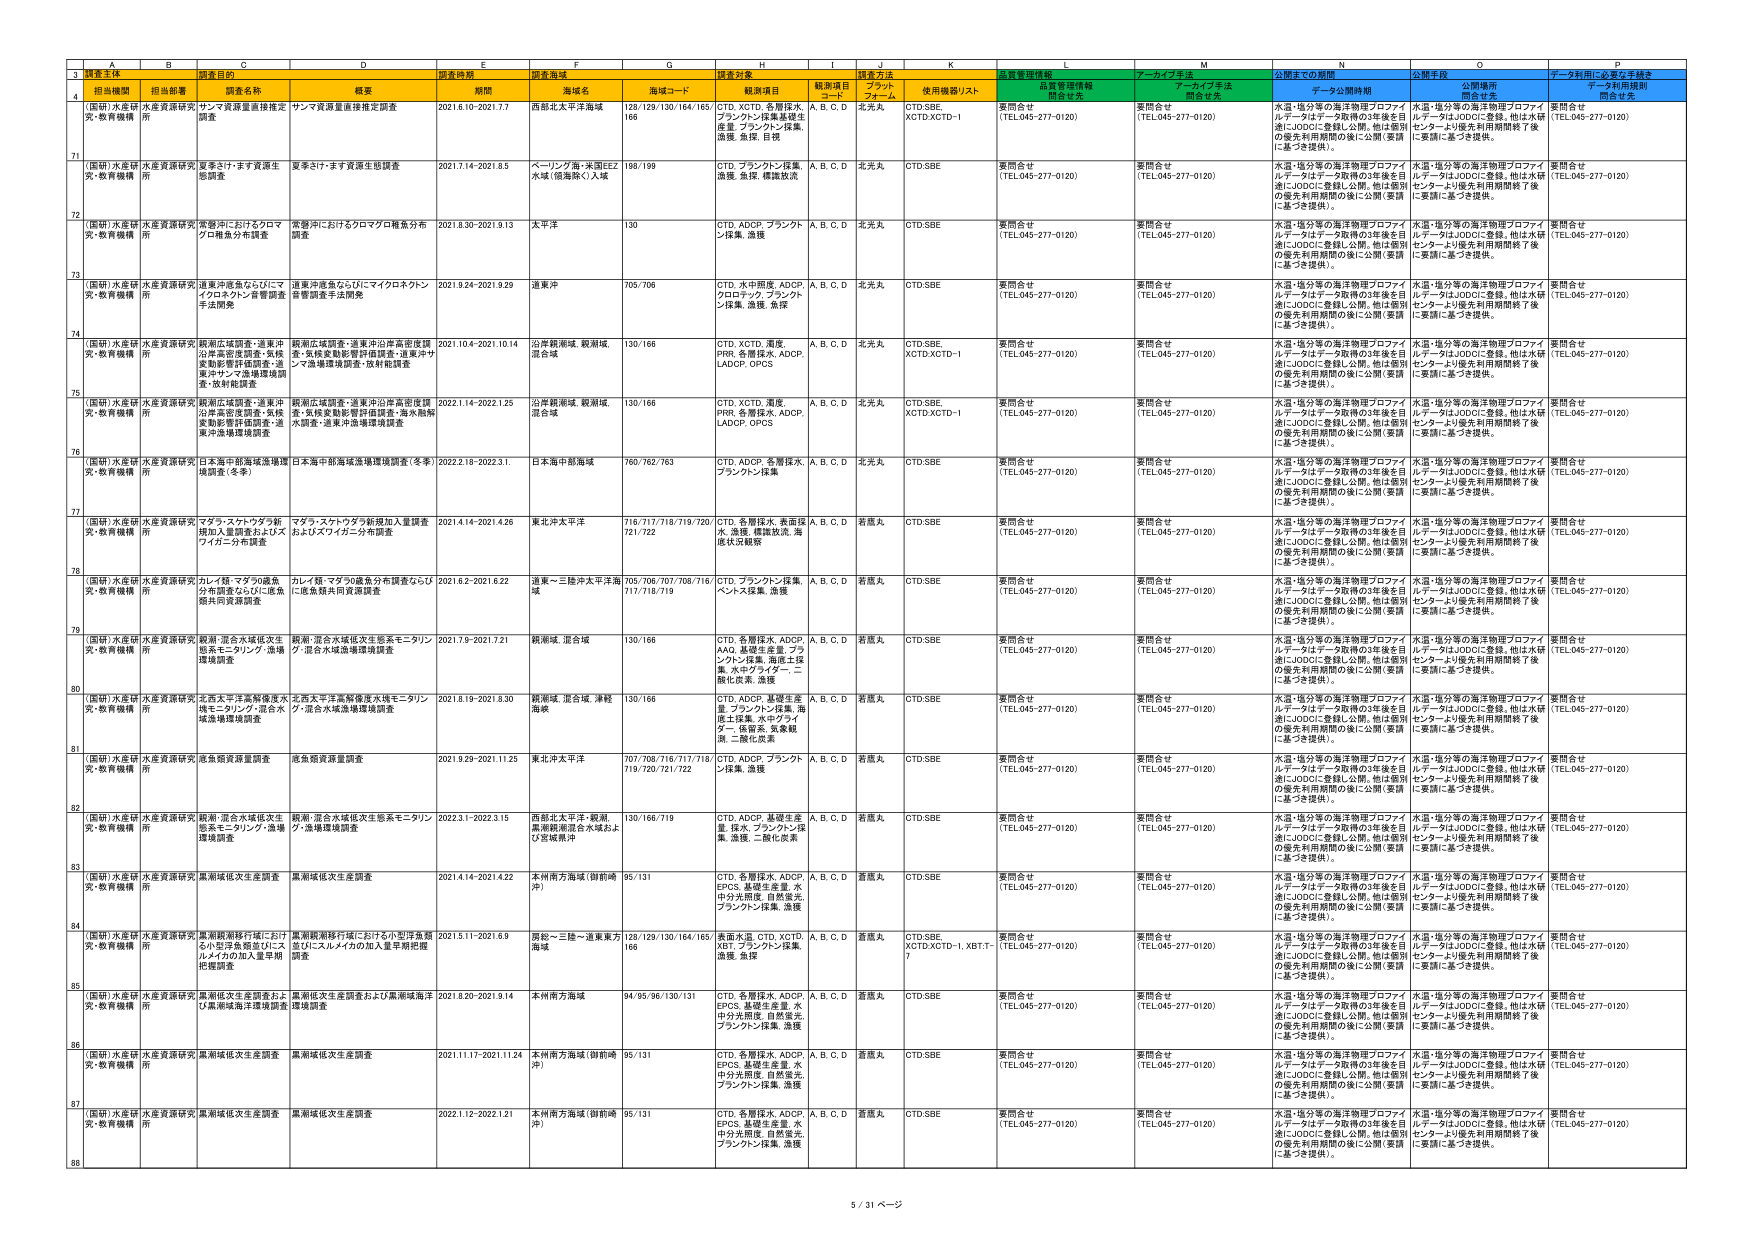
3 調査主体 調査目的 調査時期 調査海域 調査対象 調査方法 質管理情報 アーカイブ手法 公開までの期間 公開手段 データ利用に必要な手続き
4 担当機関 担当部署 調査名称 概要 期間 海域名 海域コード 観測項目 観測項目 コード プラット フォーム 使用機器リスト 品質管理情報 関係者名 アーカイブ手法 関係者名 データ公開時期 公開場所 関係者名 データ利用規則 関係者名
71 （国研）水産研 究・教育機構 水産資源研究 所 サンマ資源量推移推定 調査 サンマ資源量推移推定調査 2021.6.10-2021.7.7 西部北太平洋海域 128/129/130/164/165/ 166 CTD, XCTD, 各層採水, ブランクトン採集,基盤生 物, ブランクトン採集, 漁獲, 魚採, 目視 A, B, C, D 北光丸 CTD,SBE, XCTD,XCTD-1 要問合せ （TEL:045-277-0120） 要問合せ （TEL:045-277-0120） 水温・塩分等の海洋物理プロファイ ルデータはデータ取得の3年後を目 指しJODICに登録し公開。他は個別 の優先利用期間の後に公開（要請 に基づき提供）。 水温・塩分等の海洋物理プロファイ ルデータはJODICに登録。他は水研 センターより優先利用期間終了後 に要請に基づき提供。 要問合せ （TEL:045-277-0120）
72 （国研）水産研 究・教育機構 水産資源研究 所 夏季ミけ・ます資源生 態調査 夏季ミけ・ます資源生態調査 2021.7.14-2021.8.5 ペーリング海・米国EEZ 水域（能海域）入域 198/199 CTD, ブランクトン採集, 漁獲, 魚採, 模擬放流 A, B, C, D 北光丸 CTD,SBE 要問合せ （TEL:045-277-0120） 要問合せ （TEL:045-277-0120） 水温・塩分等の海洋物理プロファイ ルデータはデータ取得の3年後を目 指しJODICに登録し公開。他は個別 の優先利用期間の後に公開（要請 に基づき提供）。 水温・塩分等の海洋物理プロファイ ルデータはJODICに登録。他は水研 センターより優先利用期間終了後 に要請に基づき提供。 要問合せ （TEL:045-277-0120）
73 （国研）水産研 究・教育機構 水産資源研究 所 常磐沖におけるクロマ グロ稚魚分布調査 常磐沖におけるクロマグロ稚魚分布 調査 2021.8.30-2021.9.13 太平洋 130 CTD, ADCP, ブランクト ン採集, 漁獲 A, B, C, D 北光丸 CTD,SBE 要問合せ （TEL:045-277-0120） 要問合せ （TEL:045-277-0120） 水温・塩分等の海洋物理プロファイ ルデータはデータ取得の3年後を目 指しJODICに登録し公開。他は個別 の優先利用期間の後に公開（要請 に基づき提供）。 水温・塩分等の海洋物理プロファイ ルデータはJODICに登録。他は水研 センターより優先利用期間終了後 に要請に基づき提供。 要問合せ （TEL:045-277-0120）
74 （国研）水産研 究・教育機構 水産資源研究 所 道東沖産魚ならびにマ イクロネクトン着習調査 手法開発 道東沖産魚ならびにマイクロネクトン 着習調査手法開発 2021.9.24-2021.9.29 道東沖 705/706 CTD, 水中照度, ADCP, フロロテック, ブランクト ン採集, 漁獲, 魚採 A, B, C, D 北光丸 CTD,SBE 要問合せ （TEL:045-277-0120） 要問合せ （TEL:045-277-0120） 水温・塩分等の海洋物理プロファイ ルデータはデータ取得の3年後を目 指しJODICに登録し公開。他は個別 の優先利用期間の後に公開（要請 に基づき提供）。 水温・塩分等の海洋物理プロファイ ルデータはJODICに登録。他は水研 センターより優先利用期間終了後 に要請に基づき提供。 要問合せ （TEL:045-277-0120）
75 （国研）水産研 究・教育機構 水産資源研究 所 観潮広域調査・道東沖 沿岸高密度調査・気候 変動影響評価調査・道 東沖サケ生殖場環境調 査・放射能調査 観潮広域調査・道東沖沿岸高密度調 査・気候変動影響評価調査・道東沖サ ケ生殖場環境調査・放射能調査 2021.10.4-2021.10.14 沿岸観潮域, 観潮域, 混合域 130/166 CTD, XCTD, 潮度, PRR, 各層採水, ADCP, LADCP, OPCS A, B, C, D 北光丸 CTD,SBE, XCTD,XCTD-1 要問合せ （TEL:045-277-0120） 要問合せ （TEL:045-277-0120） 水温・塩分等の海洋物理プロファイ ルデータはデータ取得の3年後を目 指しJODICに登録し公開。他は個別 の優先利用期間の後に公開（要請 に基づき提供）。 水温・塩分等の海洋物理プロファイ ルデータはJODICに登録。他は水研 センターより優先利用期間終了後 に要請に基づき提供。 要問合せ （TEL:045-277-0120）
76 （国研）水産研 究・教育機構 水産資源研究 所 観潮広域調査・道東沖 沿岸高密度調査・気候 変動影響評価調査・道 東沖漁場環境調査 観潮広域調査・道東沖沿岸高密度調 査・気候変動影響評価調査・海氷航跡 水調査・道東沖漁場環境調査 2022.1.14-2022.1.25 沿岸観潮域, 観潮域, 混合域 130/166 CTD, XCTD, 潮度, PRR, 各層採水, ADCP, LADCP, OPCS A, B, C, D 北光丸 CTD,SBE, XCTD,XCTD-1 要問合せ （TEL:045-277-0120） 要問合せ （TEL:045-277-0120） 水温・塩分等の海洋物理プロファイ ルデータはデータ取得の3年後を目 指しJODICに登録し公開。他は個別 の優先利用期間の後に公開（要請 に基づき提供）。 水温・塩分等の海洋物理プロファイ ルデータはJODICに登録。他は水研 センターより優先利用期間終了後 に要請に基づき提供。 要問合せ （TEL:045-277-0120）
77 （国研）水産研 究・教育機構 水産資源研究 所 日本海中間海域漁場構 築調査（冬季） 日本海中間海域漁場構築調査（冬季） 2022.2.18-2022.3.1 日本海中間海域 760/762/763 CTD, ADCP, 各層採水, ブランクトン採集 A, B, C, D 北光丸 CTD,SBE 要問合せ （TEL:045-277-0120） 要問合せ （TEL:045-277-0120） 水温・塩分等の海洋物理プロファイ ルデータはデータ取得の3年後を目 指しJODICに登録し公開。他は個別 の優先利用期間の後に公開（要請 に基づき提供）。 水温・塩分等の海洋物理プロファイ ルデータはJODICに登録。他は水研 センターより優先利用期間終了後 に要請に基づき提供。 要問合せ （TEL:045-277-0120）
78 （国研）水産研 究・教育機構 水産資源研究 所 マダラ・スケトウダラ新 規加入量調査およびス ワイガニ分布調査 マダラ・スケトウダラ新規加入量調査 およびスワイガニ分布調査 2021.4.14-2021.4.26 東北沖太平洋 716/717/718/719/720/ 721/722 CTD, 各層採水, 表面採水, 漁獲, 模擬放流, 海 底状況観察 A, B, C, D 若風丸 CTD,SBE 要問合せ （TEL:045-277-0120） 要問合せ （TEL:045-277-0120） 水温・塩分等の海洋物理プロファイ ルデータはデータ取得の3年後を目 指しJODICに登録し公開。他は個別 の優先利用期間の後に公開（要請 に基づき提供）。 水温・塩分等の海洋物理プロファイ ルデータはJODICに登録。他は水研 センターより優先利用期間終了後 に要請に基づき提供。 要問合せ （TEL:045-277-0120）
79 （国研）水産研 究・教育機構 水産資源研究 所 カレイ類・マダラの漁魚 分布調査ならびに底魚 種共同度調査 カレイ類・マダラの漁魚分布調査ならび に底魚種共同度調査 2021.6.2-2021.6.22 道東～三陸沖太平洋海 域 705/706/707/708/716/ 717/718/719 CTD, ブランクトン採集, ベントス採集, 漁獲 A, B, C, D 若風丸 CTD,SBE 要問合せ （TEL:045-277-0120） 要問合せ （TEL:045-277-0120） 水温・塩分等の海洋物理プロファイ ルデータはデータ取得の3年後を目 指しJODICに登録し公開。他は個別 の優先利用期間の後に公開（要請 に基づき提供）。 水温・塩分等の海洋物理プロファイ ルデータはJODICに登録。他は水研 センターより優先利用期間終了後 に要請に基づき提供。 要問合せ （TEL:045-277-0120）
80 （国研）水産研 究・教育機構 水産資源研究 所 観潮・混合水域低次生 态系モニタリング・漁場 環境調査 観潮・混合水域低次生態系モニタリン グ・混合水域漁場環境調査 2021.7.9-2021.7.21 観潮域, 混合域 130/166 CTD, 各層採水, ADCP, AAD, 基礎生産量, ブラ ンクトン採集, 海底土採 集, 水中プラター, 二 酸化炭素, 漁獲 A, B, C, D 若風丸 CTD,SBE 要問合せ （TEL:045-277-0120） 要問合せ （TEL:045-277-0120） 水温・塩分等の海洋物理プロファイ ルデータはデータ取得の3年後を目 指しJODICに登録し公開。他は個別 の優先利用期間の後に公開（要請 に基づき提供）。 水温・塩分等の海洋物理プロファイ ルデータはJODICに登録。他は水研 センターより優先利用期間終了後 に要請に基づき提供。 要問合せ （TEL:045-277-0120）
81 （国研）水産研 究・教育機構 水産資源研究 所 北西太平洋高解像度水 域モニタリング・混合水 域漁場環境調査 北西太平洋高解像度水域モニタリン グ・混合水域漁場環境調査 2021.8.19-2021.8.30 観潮域・混合域, 津軽 海峡 130/166 CTD, ADCP, 基礎生産 量, ブランクトン採集, 海 底土採集, 水中プライ ター・従容系, 食糞観 測, 二酸化炭素 A, B, C, D 若風丸 CTD,SBE 要問合せ （TEL:045-277-0120） 要問合せ （TEL:045-277-0120） 水温・塩分等の海洋物理プロファイ ルデータはデータ取得の3年後を目 指しJODICに登録し公開。他は個別 の優先利用期間の後に公開（要請 に基づき提供）。 水温・塩分等の海洋物理プロファイ ルデータはJODICに登録。他は水研 センターより優先利用期間終了後 に要請に基づき提供。 要問合せ （TEL:045-277-0120）
82 （国研）水産研 究・教育機構 水産資源研究 所 産魚類資源量調査 産魚類資源量調査 2021.9.29-2021.11.25 東北沖太平洋 707/708/716/717/718/ 719/720/721/722 CTD, ADCP, ブランクト ン採集, 漁獲 A, B, C, D 若風丸 CTD,SBE 要問合せ （TEL:045-277-0120） 要問合せ （TEL:045-277-0120） 水温・塩分等の海洋物理プロファイ ルデータはデータ取得の3年後を目 指しJODICに登録し公開。他は個別 の優先利用期間の後に公開（要請 に基づき提供）。 水温・塩分等の海洋物理プロファイ ルデータはJODICに登録。他は水研 センターより優先利用期間終了後 に要請に基づき提供。 要問合せ （TEL:045-277-0120）
83 （国研）水産研 究・教育機構 水産資源研究 所 観潮・混合水域低次生 态系モニタリング・漁場 環境調査 観潮・混合水域低次生態系モニタリン グ・漁場環境調査 2022.3.1-2022.3.15 西部北太平洋・観潮, 黒潮軌道混合水域およ び宮城県沖 130/166/719 CTD, ADCP, 基礎生産 量, ブランクトン採 集, 漁獲, 二酸化炭素 A, B, C, D 若風丸 CTD,SBE 要問合せ （TEL:045-277-0120） 要問合せ （TEL:045-277-0120） 水温・塩分等の海洋物理プロファイ ルデータはデータ取得の3年後を目 指しJODICに登録し公開。他は個別 の優先利用期間の後に公開（要請 に基づき提供）。 水温・塩分等の海洋物理プロファイ ルデータはJODICに登録。他は水研 センターより優先利用期間終了後 に要請に基づき提供。 要問合せ （TEL:045-277-0120）
84 （国研）水産研 究・教育機構 水産資源研究 所 黒潮域低次生産調査 黒潮域低次生産調査 2021.4.14-2021.4.22 本州南方海域（御前崎 沖） 95/131 CTD, 各層採水, ADCP, EPCS, 基礎生産量, 水 中分光照度, 自動蛍光, ブランクトン採集, 漁獲 A, B, C, D 道風丸 CTD,SBE 要問合せ （TEL:045-277-0120） 要問合せ （TEL:045-277-0120） 水温・塩分等の海洋物理プロファイ ルデータはデータ取得の3年後を目 指しJODICに登録し公開。他は個別 の優先利用期間の後に公開（要請 に基づき提供）。 水温・塩分等の海洋物理プロファイ ルデータはJODICに登録。他は水研 センターより優先利用期間終了後 に要請に基づき提供。 要問合せ （TEL:045-277-0120）
85 （国研）水産研 究・教育機構 水産資源研究 所 黒潮観測線行境における小型浮魚類 並びにスルメイカの加入量早期把握 調査 黒潮観測線行境における小型浮魚類 並びにスルメイカの加入量早期把握 調査 2021.5.11-2021.6.9 房総～三陸～道東東方 海域 128/129/130/164/165/ 166 表面水温, CTD, XCTD, XBT, ブランクトン採集, 漁獲, 魚採 A, B, C, D 道風丸 CTD,SBE, XCTD,XCTD-1, XBT-1~ 7 要問合せ （TEL:045-277-0120） 要問合せ （TEL:045-277-0120） 水温・塩分等の海洋物理プロファイ ルデータはデータ取得の3年後を目 指しJODICに登録し公開。他は個別 の優先利用期間の後に公開（要請 に基づき提供）。 水温・塩分等の海洋物理プロファイ ルデータはJODICに登録。他は水研 センターより優先利用期間終了後 に要請に基づき提供。 要問合せ （TEL:045-277-0120）
86 （国研）水産研 究・教育機構 水産資源研究 所 黒潮低次生産調査および黒潮域海流 環境調査 黒潮低次生産調査および黒潮域海流 環境調査 2021.8.20-2021.9.14 本州南方海域 94/95/96/130/131 CTD, 各層採水, ADCP, EPCS, 基礎生産量, 水 中分光照度, 自動蛍光, ブランクトン採集, 漁獲 A, B, C, D 道風丸 CTD,SBE 要問合せ （TEL:045-277-0120） 要問合せ （TEL:045-277-0120） 水温・塩分等の海洋物理プロファイ ルデータはデータ取得の3年後を目 指しJODICに登録し公開。他は個別 の優先利用期間の後に公開（要請 に基づき提供）。 水温・塩分等の海洋物理プロファイ ルデータはJODICに登録。他は水研 センターより優先利用期間終了後 に要請に基づき提供。 要問合せ （TEL:045-277-0120）
87 （国研）水産研 究・教育機構 水産資源研究 所 黒潮域低次生産調査 黒潮域低次生産調査 2021.11.17-2021.11.24 本州南方海域（御前崎 沖） 95/131 CTD, 各層採水, ADCP, EPCS, 基礎生産量, 水 中分光照度, 自動蛍光, ブランクトン採集, 漁獲 A, B, C, D 道風丸 CTD,SBE 要問合せ （TEL:045-277-0120） 要問合せ （TEL:045-277-0120） 水温・塩分等の海洋物理プロファイ ルデータはデータ取得の3年後を目 指しJODICに登録し公開。他は個別 の優先利用期間の後に公開（要請 に基づき提供）。 水温・塩分等の海洋物理プロファイ ルデータはJODICに登録。他は水研 センターより優先利用期間終了後 に要請に基づき提供。 要問合せ （TEL:045-277-0120）
88 （国研）水産研 究・教育機構 水産資源研究 所 黒潮域低次生産調査 黒潮域低次生産調査 2022.1.12-2022.1.21 本州南方海域（御前崎 沖） 95/131 CTD, 各層採水, ADCP, EPCS, 基礎生産量, 水 中分光照度, 自動蛍光, ブランクトン採集, 漁獲 A, B, C, D 道風丸 CTD,SBE 要問合せ （TEL:045-277-0120） 要問合せ （TEL:045-277-0120） 水温・塩分等の海洋物理プロファイ ルデータはデータ取得の3年後を目 指しJODICに登録し公開。他は個別 の優先利用期間の後に公開（要請 に基づき提供）。 水温・塩分等の海洋物理プロファイ ルデータはJODICに登録。他は水研 センターより優先利用期間終了後 に要請に基づき提供。 要問合せ （TEL:045-277-0120）
5 / 31 ページ